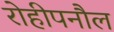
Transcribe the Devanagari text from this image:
रोहीपनौल